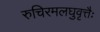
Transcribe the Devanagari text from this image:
रुचिरमलघुवृत्तैः